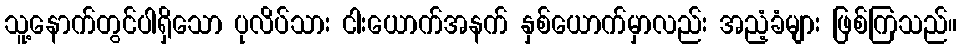
သူ့နောက်တွင်ပါရှိသော ပုလိပ်သား ငါးယောက်အနက် နှစ်ယောက်မှာလည်း အညံ့ခံများ ဖြစ်ကြသည်။